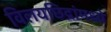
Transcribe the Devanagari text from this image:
विलयछिद्रांमध्ये